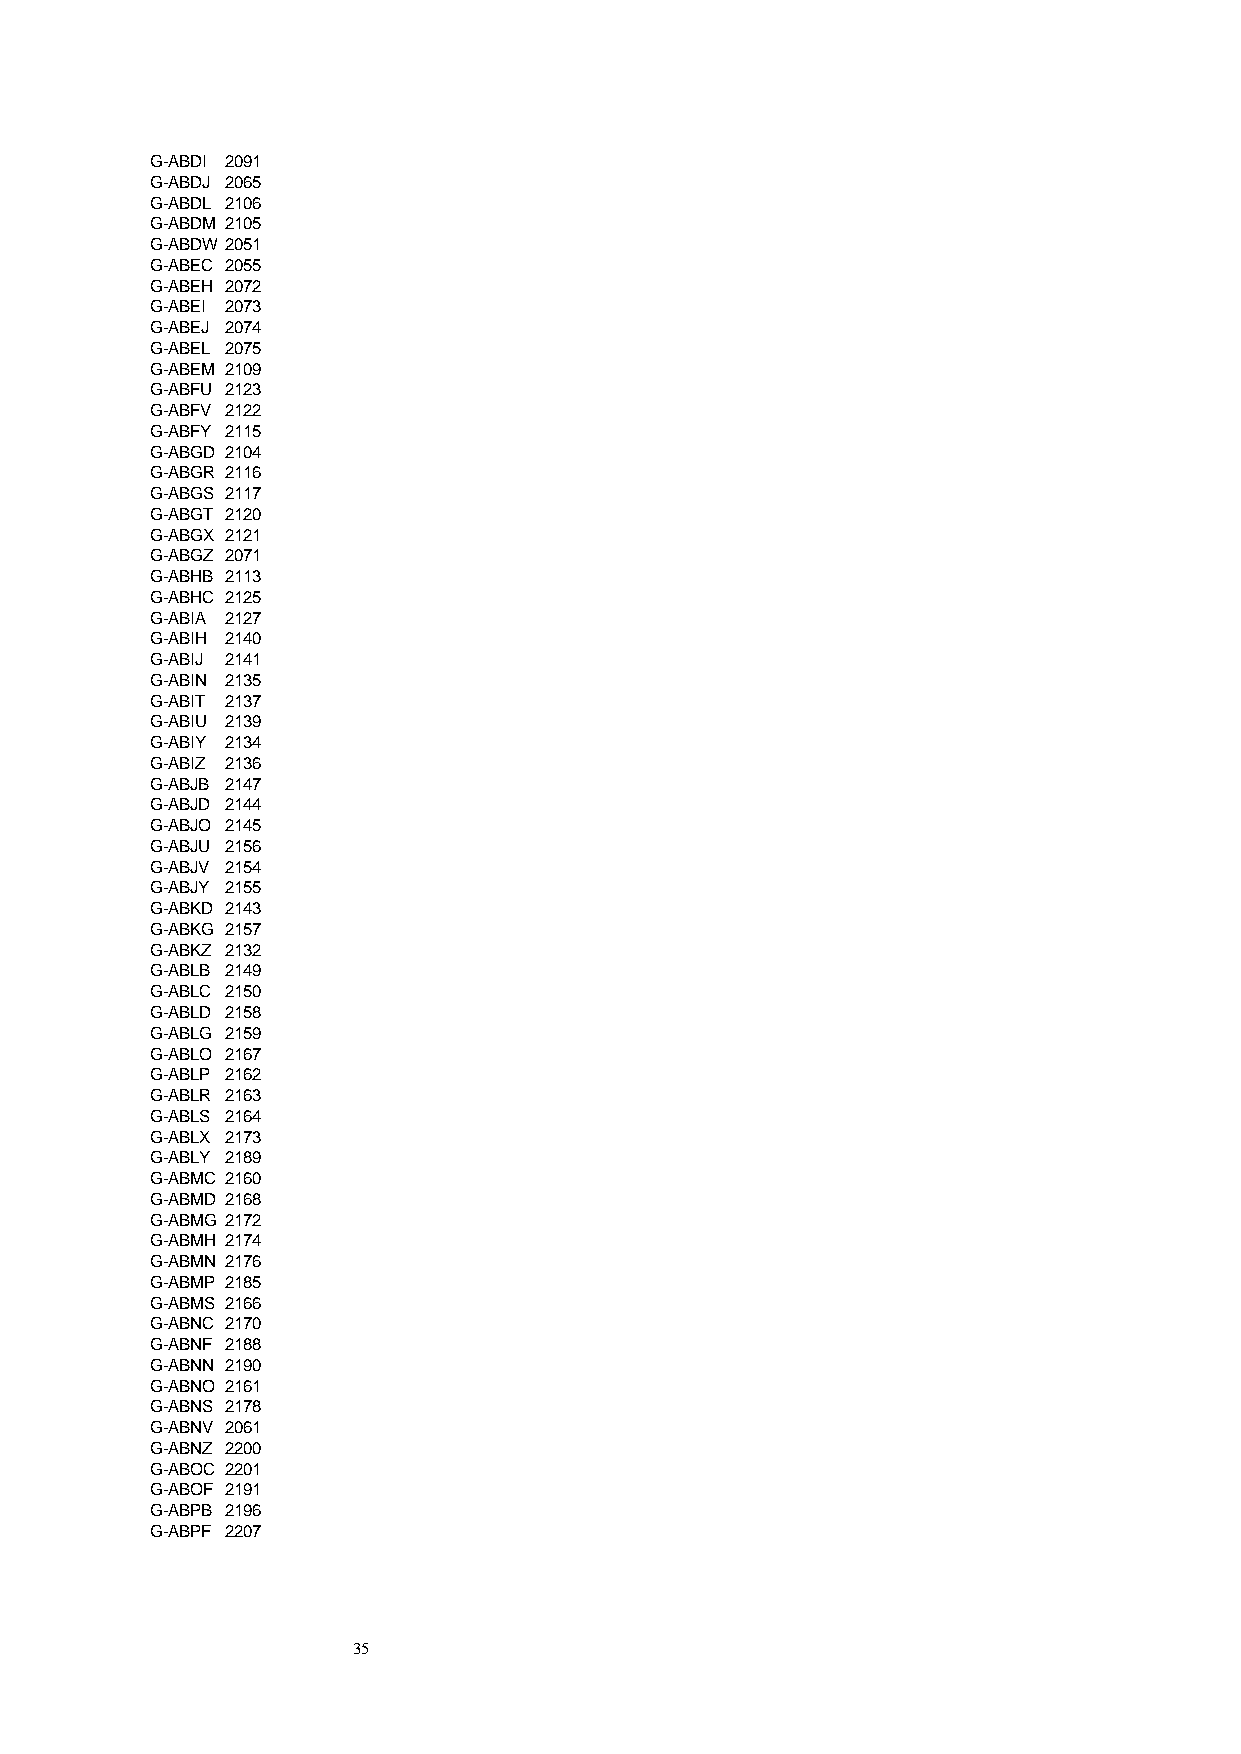
G-ABDI 2091
 G-ABDJ 2065
 G-ABDL 2106
 G-ABDM 2105
 G-ABDW 2051
 G-ABEC 2055
 G-ABEH 2072
 G-ABEI 2073
 G-ABEJ 2074
 G-ABEL 2075
 G-ABEM 2109
 G-ABFU 2123
 G-ABFV 2122
 G-ABFY 2115
 G-ABGD 2104
 G-ABGR 2116
 G-ABGS 2117
 G-ABGT 2120
 G-ABGX 2121
 G-ABGZ 2071
 G-ABHB 2113
 G-ABHC 2125
 G-ABIA 2127
 G-ABIH 2140
 G-ABIJ 2141
 G-ABIN 2135
 G-ABIT 2137
 G-ABIU 2139
 G-ABIY 2134
 G-ABIZ 2136
 G-ABJB 2147
 G-ABJD 2144
 G-ABJO 2145
 G-ABJU 2156
 G-ABJV 2154
 G-ABJY 2155
 G-ABKD 2143
 G-ABKG 2157
 G-ABKZ 2132
 G-ABLB 2149
 G-ABLC 2150
 G-ABLD 2158
 G-ABLG 2159
 G-ABLO 2167
 G-ABLP 2162
 G-ABLR 2163
 G-ABLS 2164
 G-ABLX 2173
 G-ABLY 2189
 G-ABMC 2160
 G-ABMD 2168
 G-ABMG 2172
 G-ABMH 2174
 G-ABMN 2176
 G-ABMP 2185
 G-ABMS 2166
 G-ABNC 2170
 G-ABNF 2188
 G-ABNN 2190
 G-ABNO 2161
 G-ABNS 2178
 G-ABNV 2061
 G-ABNZ 2200
 G-ABOC 2201
 G-ABOF 2191
 G-ABPB 2196
 G-ABPF 2207
 35